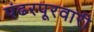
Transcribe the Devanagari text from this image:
पंढरपूरवारी